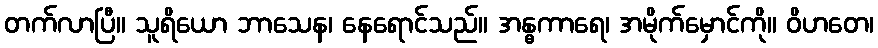
တက်လာပြီ။ သူရိယော ဘာသေန၊ နေရောင်သည်။ အန္ဓကာရေ၊ အမိုက်မှောင်ကို။ ဝိဟတေ၊